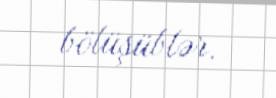
bölüşüblər.